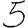
Digit: 5